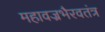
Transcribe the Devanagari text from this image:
महावज्रभैरवतंत्र